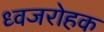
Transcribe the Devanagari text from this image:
ध्वजरोहक